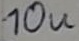
Text: 10u